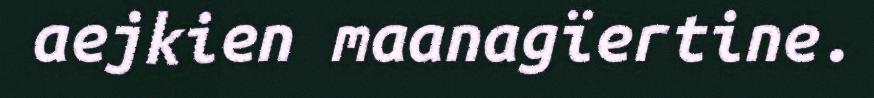
aejkien maanagïertine.